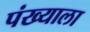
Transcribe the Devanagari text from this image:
पंख्याला